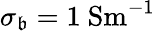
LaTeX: \sigma_{\mathfrak{b}}=1~\mathrm{{{Sm^{-1}}}}